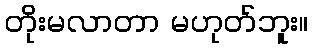
တိုးမလာတာ မဟုတ်ဘူး။